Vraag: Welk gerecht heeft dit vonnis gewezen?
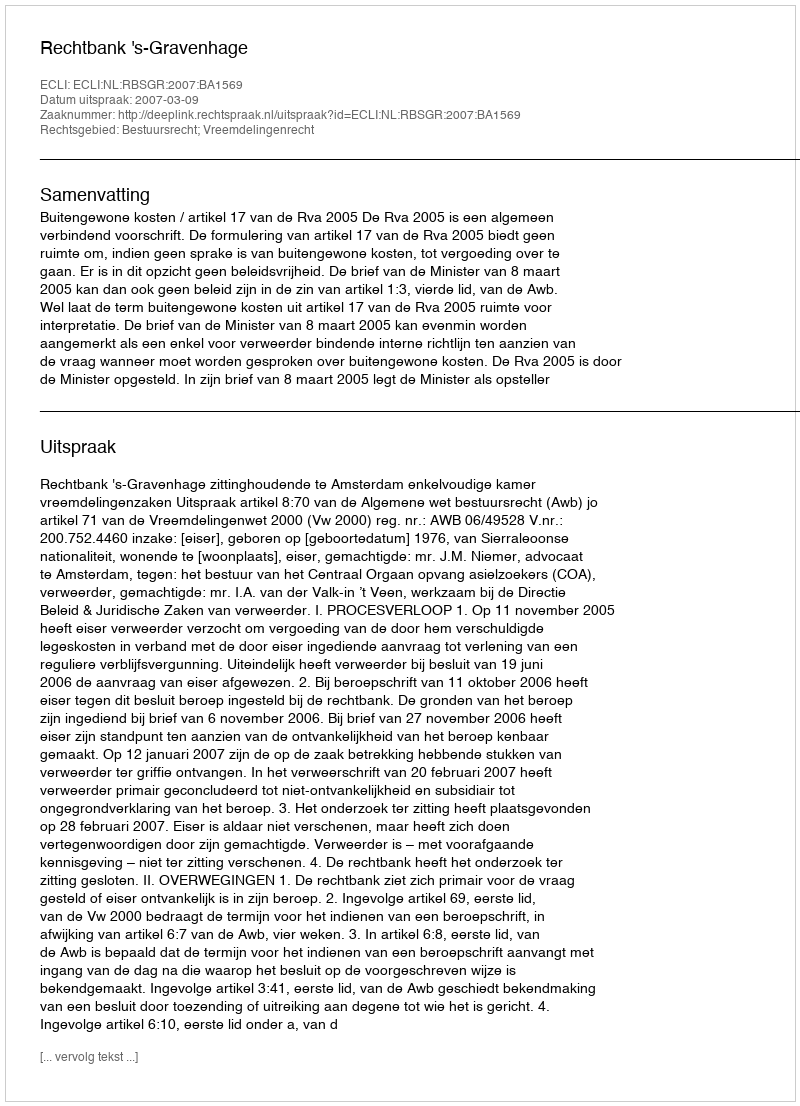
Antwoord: Rechtbank 's-Gravenhage